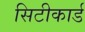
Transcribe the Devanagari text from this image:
सिटीकार्ड